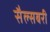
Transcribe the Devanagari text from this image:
सैल्सबरी